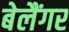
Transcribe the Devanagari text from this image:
बेलैंगर